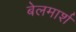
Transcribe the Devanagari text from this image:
बेलमार्श